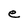
Character: e